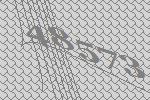
48573